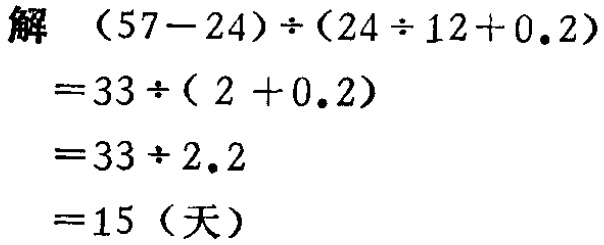
解
\[
\begin{align*}
&(57 - 24)\div(24\div12 + 0.2)\\
=&33\div(2 + 0.2)\\
=&33\div2.2\\
=&15 (\text{天})
\end{align*}
\]